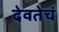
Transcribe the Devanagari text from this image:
देवतेचं